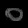
Digit: ၀